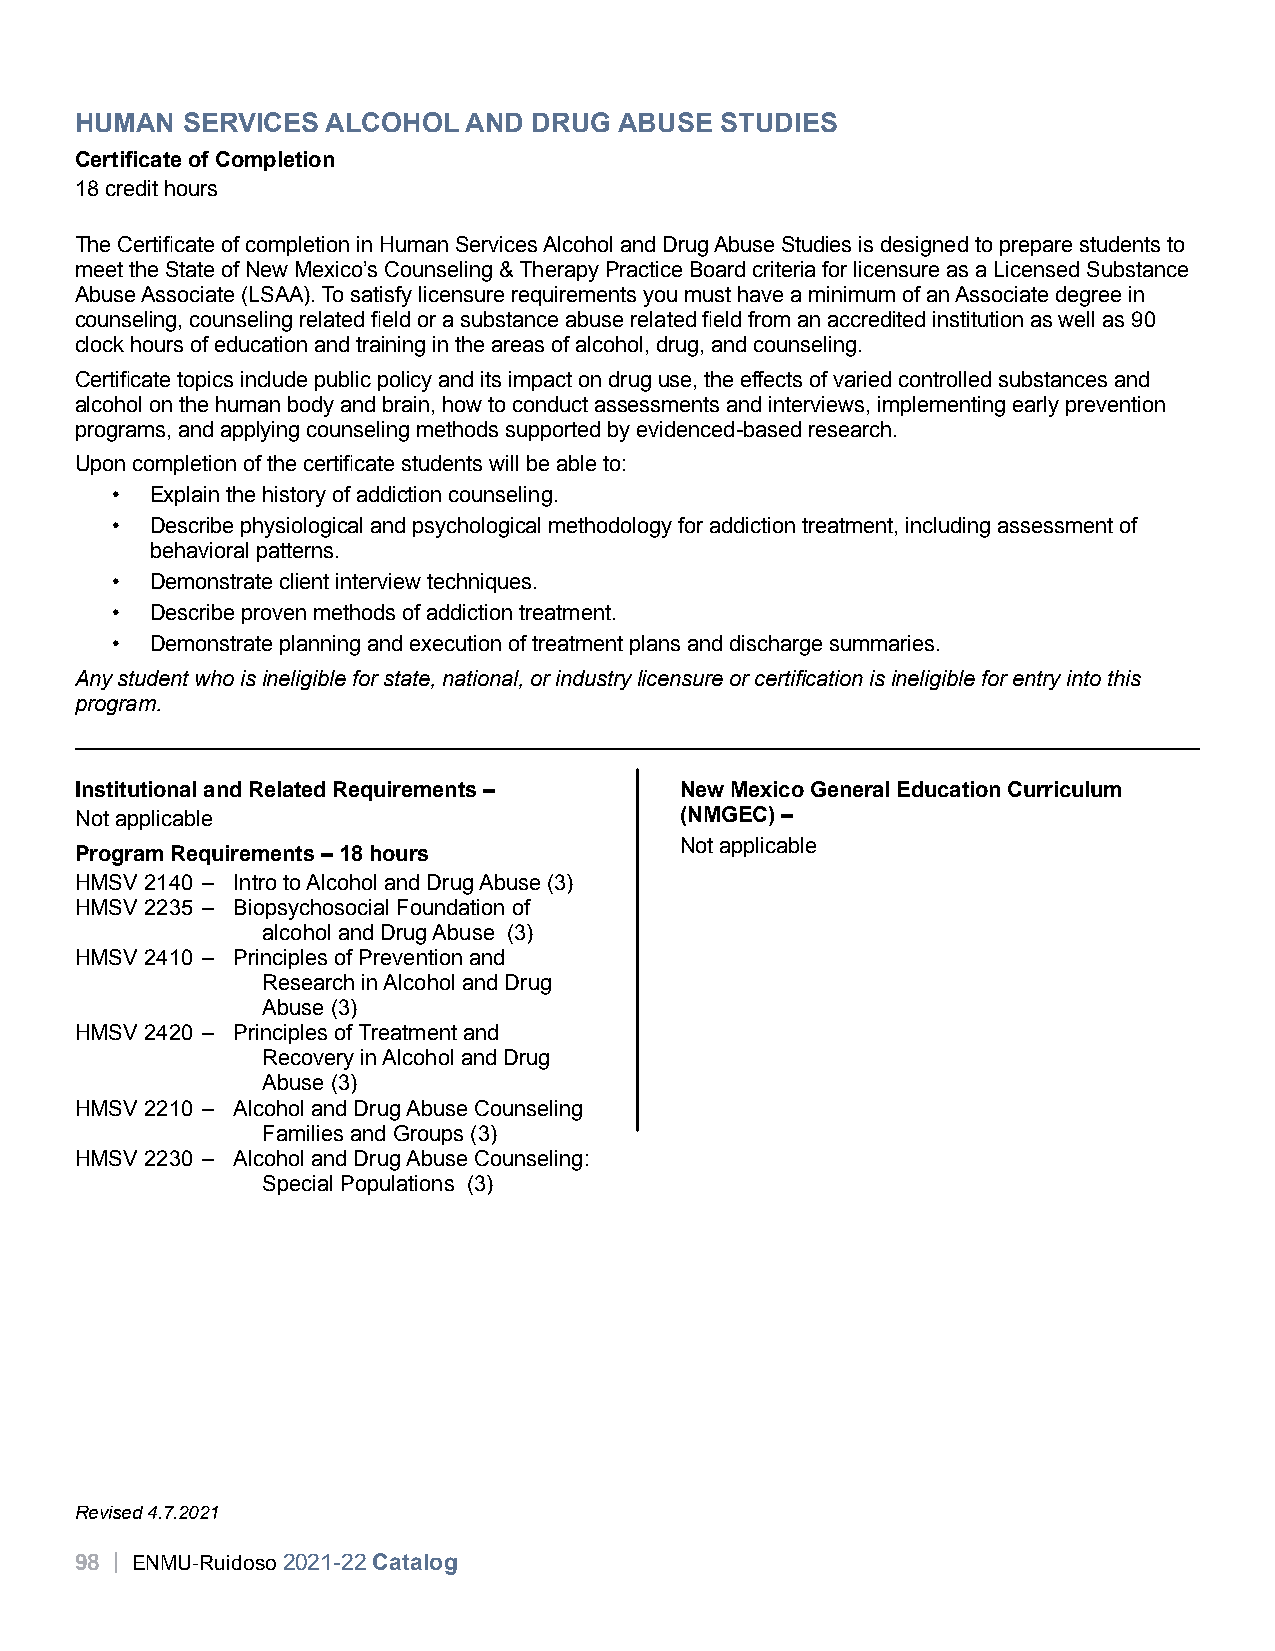
HUMAN  SERVICES  ALCOHOL  AND DRUG  ABUSE  STUDIES
 Certificate of Completion
 18 credit hours
 The Certificate of completion in Human Services Alcohol and Drug Abuse Studies is designed to prepare students to
 meet the State of New Mexico’s Counseling & Therapy Practice Board criteria for licensure as a Licensed Substance
 Abuse Associate (LSAA). To satisfy licensure requirements you must have a minimum of an Associate degree in
 counseling, counseling related field or a substance abuse related field from an accredited institution as well as 90
 clock hours of education and training in the areas of alcohol, drug, and counseling.
 Certificate topics include public policy and its impact on drug use, the effects of varied controlled substances and
 alcohol on the human body and brain, how to conduct assessments and interviews, implementing early prevention
 programs, and applying counseling methods supported by evidenced-based research.
 Upon completion of the certificate students will be able to:
 •  Explain the history of addiction counseling.
 •  Describe physiological and psychological methodology for addiction treatment, including assessment of
 behavioral patterns.
 •  Demonstrate client interview techniques.
 •  Describe proven methods of addiction treatment.
 •  Demonstrate planning and execution of treatment plans and discharge summaries.
 Any student who is ineligible for state, national, or industry licensure or certification is ineligible for entry into this
 program.
 Institutional and Related Requirements – New Mexico General Education Curriculum
 Not applicable                          (NMGEC) –
 Not applicable
 Program Requirements – 18 hours
 HMSV 2140 – Intro to Alcohol and Drug Abuse (3)
 HMSV 2235 – Biopsychosocial Foundation of
 alcohol and Drug Abuse (3)
 HMSV 2410 – Principles of Prevention and
 Research in Alcohol and Drug
 Abuse (3)
 HMSV 2420 – Principles of Treatment and
 Recovery in Alcohol and Drug
 Abuse (3)
 HMSV 2210 – Alcohol and Drug Abuse Counseling
 Families and Groups (3)
 HMSV 2230 – Alcohol and Drug Abuse Counseling:
 Special Populations (3)
 Revised 4.7.2021
 98 | ENMU-Ruidoso 2021-22 Catalog